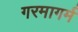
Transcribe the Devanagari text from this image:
गरमागर्म